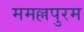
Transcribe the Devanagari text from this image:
ममल्लपुरम